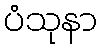
ပံသုနာ